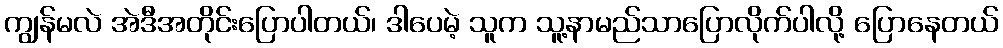
ကျွန်မလဲ အဲဒီအတိုင်းပြောပါတယ်၊ ဒါပေမဲ့ သူက သူ့နာမည်သာပြောလိုက်ပါလို့ ပြောနေတယ်